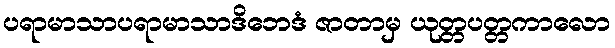
ပရာမာသာပရာမာသာဒိဘေဒံ ဇာတာမှ ယုတ္တပတ္တကာလော